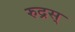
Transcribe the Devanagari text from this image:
रुद्रस्